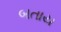
બતાય